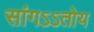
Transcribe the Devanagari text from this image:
सांगऽऽतोय